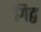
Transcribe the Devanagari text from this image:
गिद्व